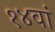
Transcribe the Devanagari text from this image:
१४वां